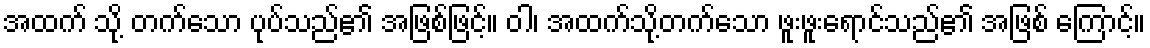
အထက် သို့ တက်သော ပုပ်သည်၏ အဖြစ်ဖြင့်။ ဝါ၊ အထက်သို့တက်သော ဖူးဖူးရောင်သည်၏ အဖြစ် ကြောင့်။